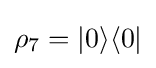
\rho _{7}=|0\rangle \langle 0|